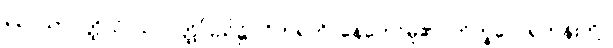
၃၃။ သာဝတ္ထိယံ၊ သာဝတ္ထိပြည်၌။ ဝိဟရတိ၊ နေတော်မူ၏။ ဘိက္ခဝေ၊ ရဟန်းတို့။